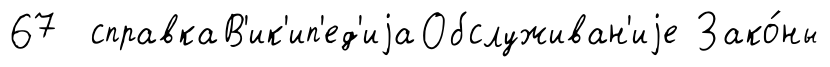
67 справкаВ'ик'ип'ед'иjаОбслуживан'иjе Зако́ны